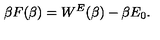
\beta F ( \beta ) = W ^ { E } ( \beta ) - \beta E _ { 0 } .